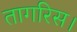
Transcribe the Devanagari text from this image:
तागरिस।